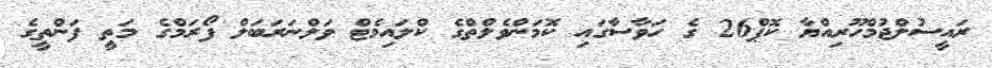
ރައީސުލްޖުމްހޫރިއްޔާ ކޮޕް26 ގެ ހަވާސާގައި ކޮމަންވެލްތްގެ ކްލައިމެޓް ވަލްނަރަބަލް ފޯރަމްގެ މަތީ ފަންތީގެ